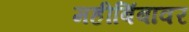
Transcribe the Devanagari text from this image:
महीबिंबावर